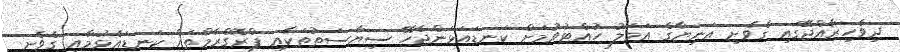
ދިވެހިރާއްޖޭގައި ގެވެށި އަނިޔާގެ އަމަލު ހުއްޓުވުމަށް ކަނޑައަޅަންޖެހޭ ސިޔާސަތުތަކާއި ޕްރޮގްރާމްތައް ކަނޑައެޅުމާއި ގެވެށި